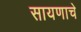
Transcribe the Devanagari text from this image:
सायणाचे